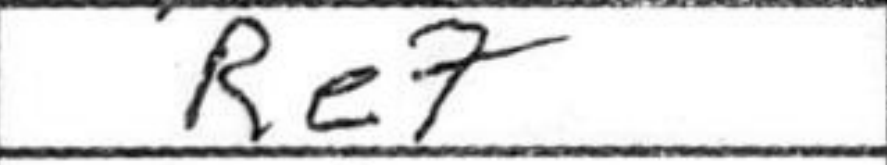
Transcription: Re7